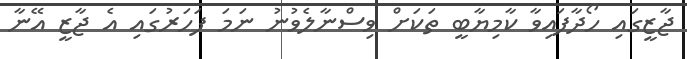
ޖާޒީގައި ހޯދާފައިވާ ކާމިޔާބީ ތަކަށް ވިސްނާލެވުނު ނަމަ ފަހަރުގައި އެ ޖާޒީ އޭނާ